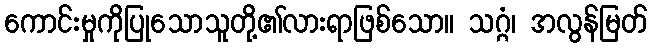
ကောင်းမှုကိုပြုသောသူတို့၏လားရာဖြစ်သော။ သဂ္ဂံ၊ အလွန်မြတ်